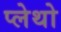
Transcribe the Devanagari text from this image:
प्लेथो